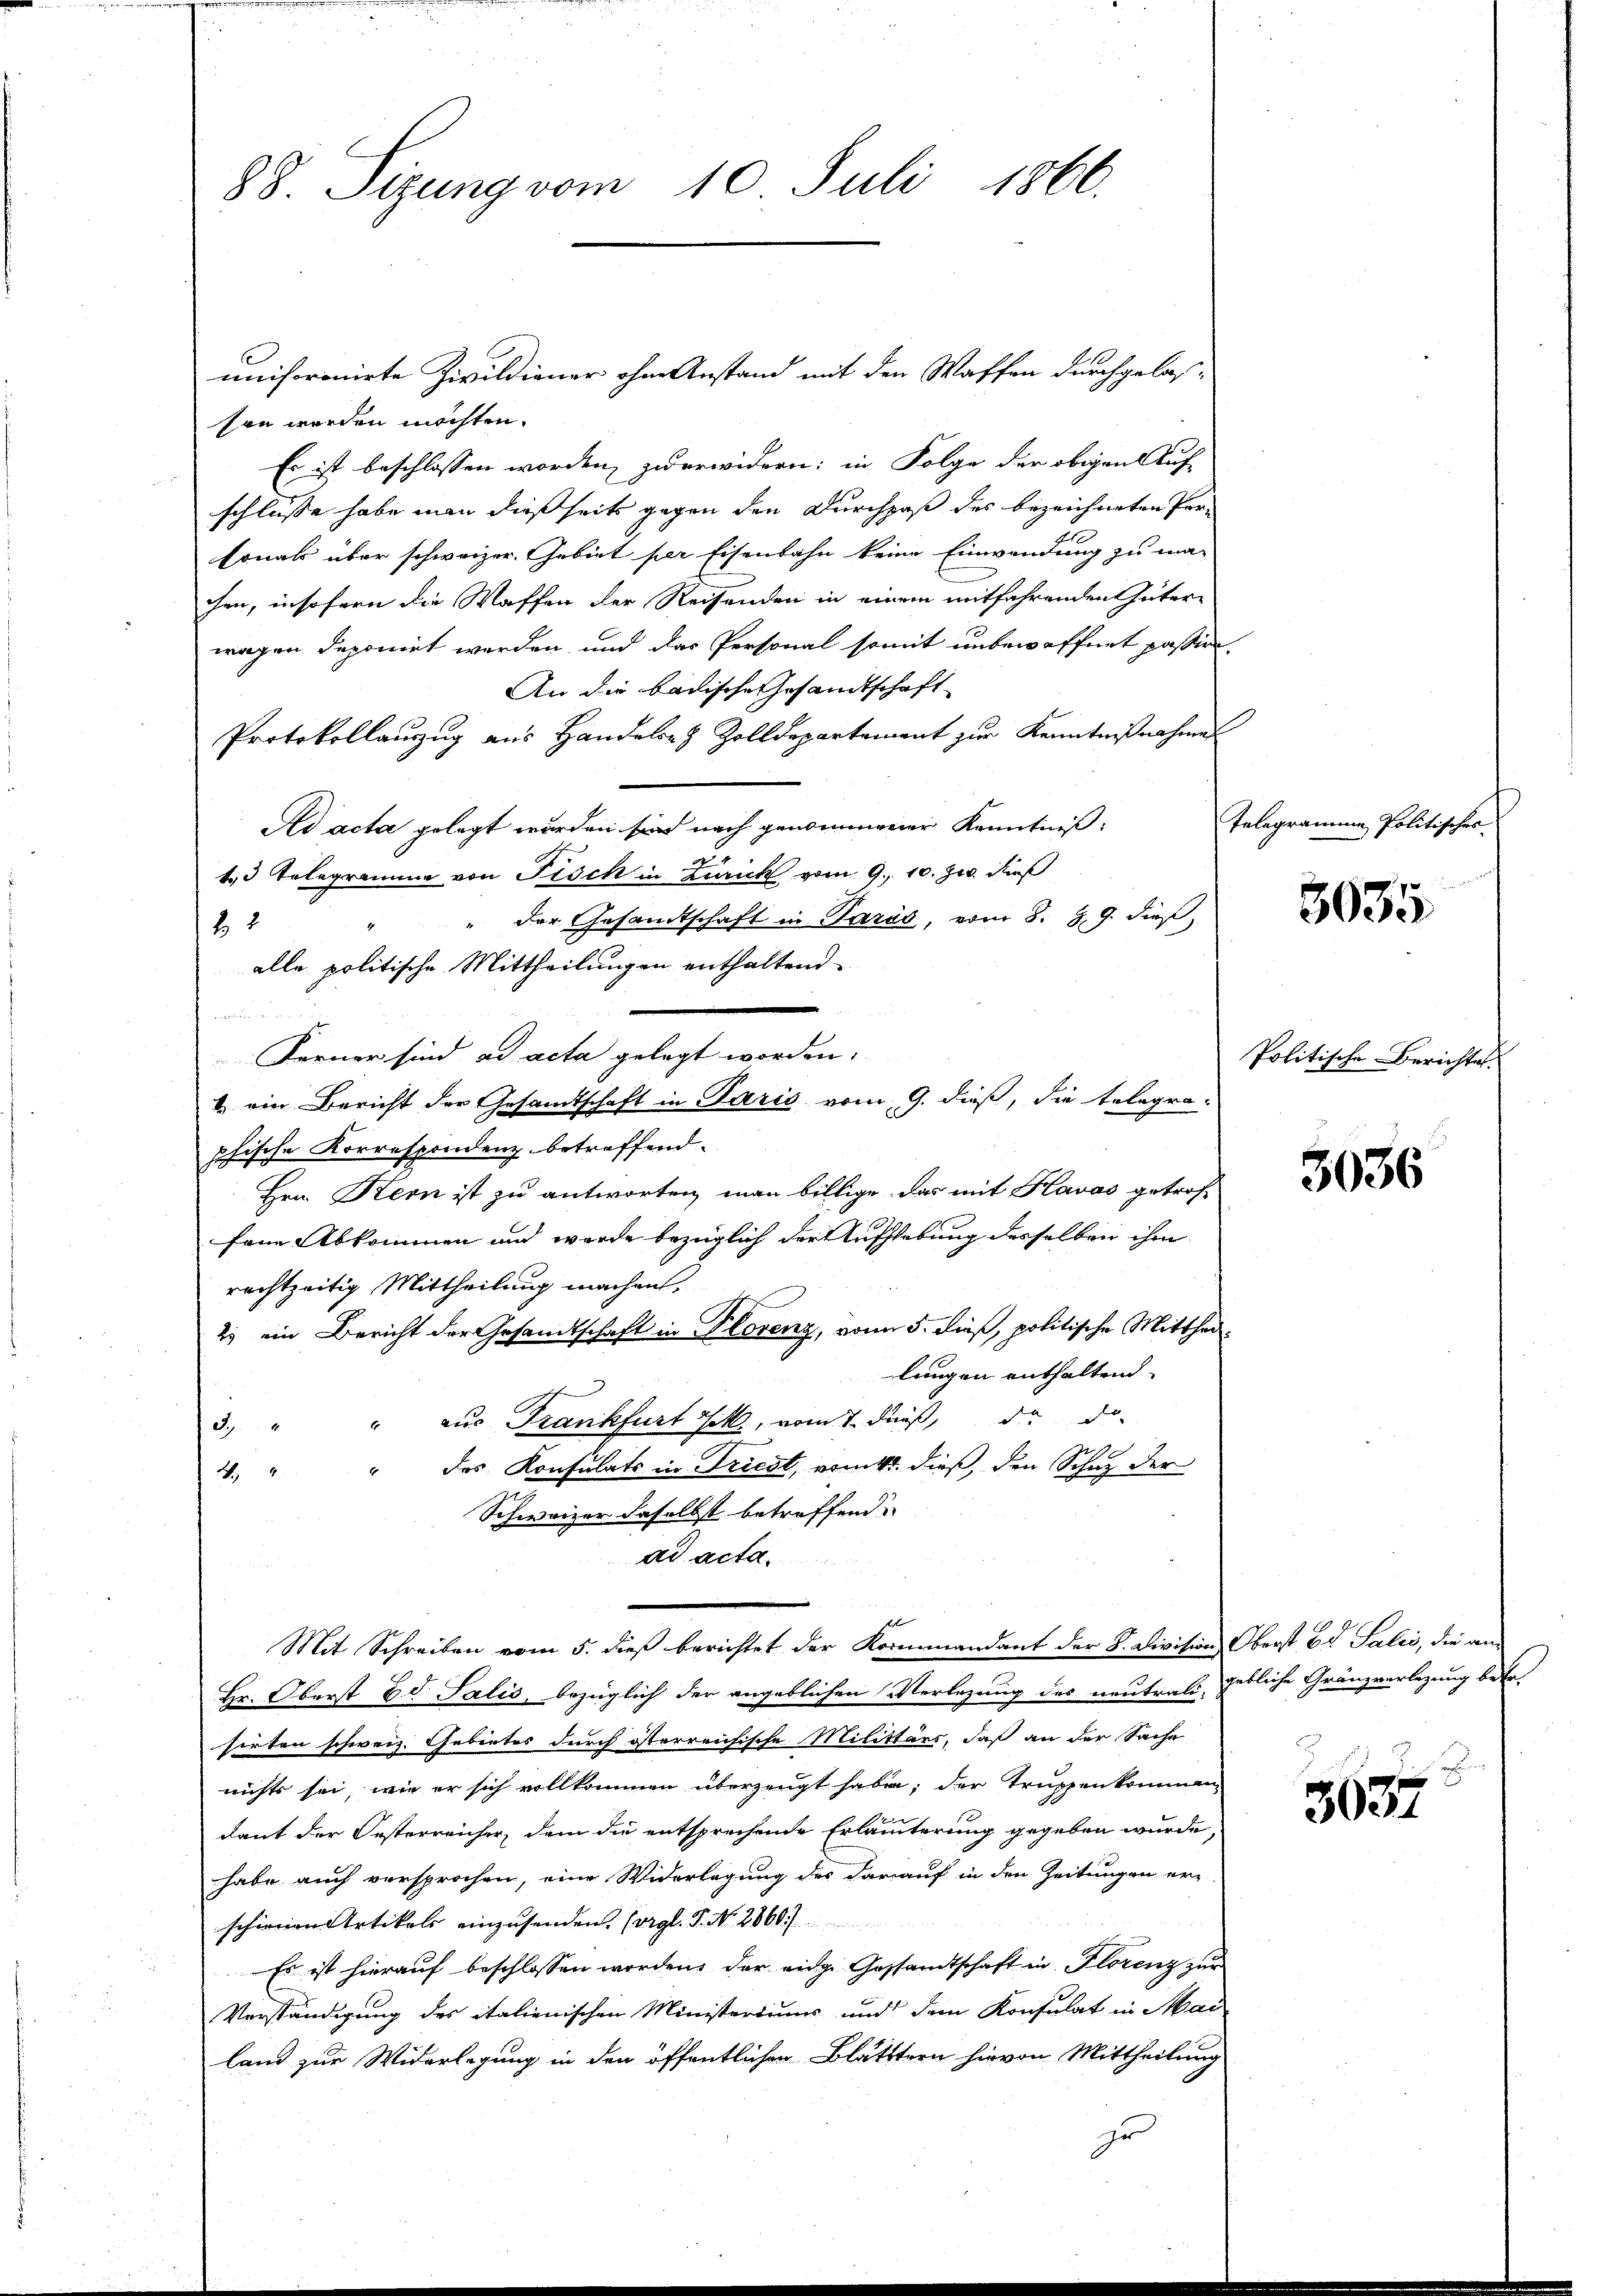
88. Sizung vom 10. Juli 1866.

uniformirte Zivildiener ohne Anstand mit den Waffen durchgelas-
sen werden möchten.
Es ist beschlossen worden, zuerwidern: in Folge der obigen Auf-
schlüsse habe man dießseits gegen den Durchpaß des bezeichneten Personals über schweizer Gebiet per Eisenbahn keine Einwendung zu ma-
chen, insofern die Waffen der Reisenden in einem mitfahrenden Güter-
wagen deponirt werden, und das Personal somit unbewaffnet passier
An die badische Gesandtschaft
Protokollauszug aus Handeler & Zolldepartement zur Kenntnißnahmen
Ad acta gelegt worden sind nach genommener Kenntniß
43 Telegramme von Fisch in Zürich vom 9. 10. zw. dieß
" " der Gesandtschaft in Paris, vom 8. 8. 9. dieß,
82
alle politische Mittheilungen enthaltend
Echalen eine weit
Ferner sind ad acta gelegt worden.
b. ein Bericht der Gesandtschaft in Paris vom 9. dieß, die telegraphische Korrespondenz betreffend.
Hrn. Kern ist zu antworten man billige das mit Havas getroffene Abkommen und werde bezüglich der Anschlebung desselben ihm
rechtzeitig Mittheilung machen.
2. ein Bericht der Gesandtschaft in Plorenz, von 5. dieß, politische Mittheilungen enthaltend.
" aus Frankfurt hat, vom 7. dieß, da do-
2
1
" des Konsulats in Triest, winkt dieß, den Schaz der
4
Schweizer daselbst betreffend
ad acta.
hal
Mit Schreiben vom 5. dieß berichtet der Kommandant der Sr. Division Oberst ad Salei, die an
Hr. Oberst Ed. Salis, bezüglich der angeblichen Verlegung des neutrali, gebliche Gränzverlegung betr.
sirten schweiz. Gebietes durch österreichische Militärs, daß an der Sache
nichts sei, wie er sich vollkommen überzeugt habe; der Truppenkommen
dant der Oesterreicher, dem die entsprechende Erläuterung gegeben würde,
habe auch versprochen, eine Widerlagung des darauf in den Zeitungen er-
schienen Artikels einzusenden. Corgl. P. No. 2860)
Es ist hierauf beschlossen worden. Der eidg. Gestandtschaft in Florenz zur
Verständigung des italienischen Ministeriums und dem Konsulat in Mai
land zur Widerlegung in den öffentlichen Blätttern hievon Mittheilung
zu

Telegramme Politisches

3035

Politische Berichtes.

3036

3637